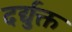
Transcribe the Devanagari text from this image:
दर्द्युक्त